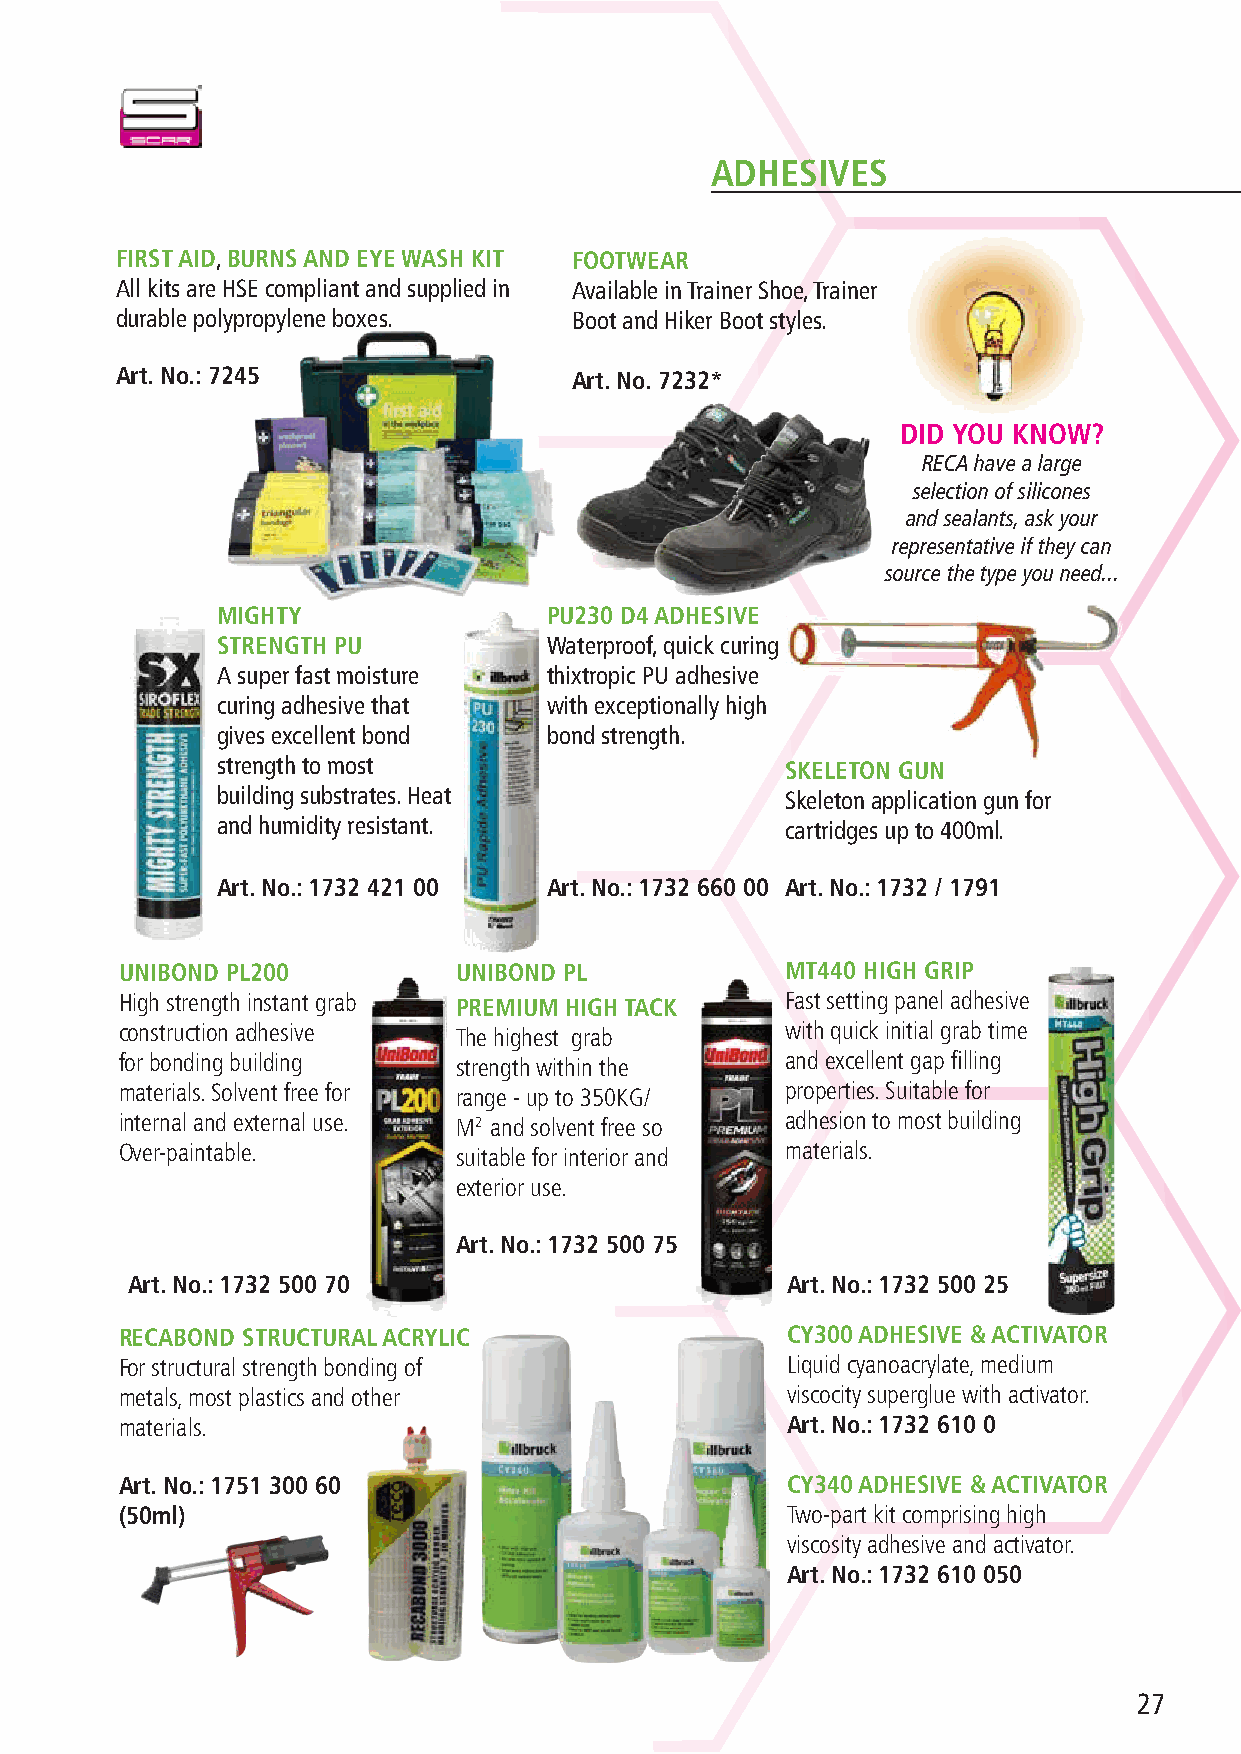
ADHESIVES
 FIRST AID, BURNS AND EYE WASH KIT FOOTWEAR
 All kits are HSE compliant and supplied in Available in Trainer Shoe, Trainer
 durable polypropylene boxes.  Boot and Hiker Boot styles.
 Art. No.: 7245                Art. No. 7232*
 DID YOU KNOW?
 RECA have a large
 selection of silicones
 and sealants, ask your
 representative if they can
 source the type you need...
 MIGHTY                PU230 D4 ADHESIVE
 STRENGTH PU           Waterproof, quick curing
 A super fast moisture thixtropic PU adhesive
 curing adhesive that  with exceptionally high
 gives excellent bond  bond strength.
 strength to most                      SKELETON GUN
 building substrates. Heat             Skeleton application gun for
 and humidity resistant.               cartridges up to 400ml.
 Art. No.: 1732 421 00 Art. No.: 1732 660 00 Art. No.: 1732 / 1791
 UNIBOND PL200         UNIBOND PL            MT440 HIGH GRIP
 High strength instant grab PREMIUM HIGH TACK Fast setting panel adhesive
 construction adhesive The highest grab      with quick initial grab time
 for bonding building  strength within the   and excellent gap filling
 materials. Solvent free for range - up to 350KG/ properties. Suitable for
 internal and external use. M2 and solvent free so adhesion to most building
 Over-paintable.       suitable for interior and materials.
 exterior use.
 Art. No.: 1732 500 75
 Art. No.: 1732 500 70                       Art. No.: 1732 500 25
 RECABOND STRUCTURAL ACRYLIC                 CY300 ADHESIVE & ACTIVATOR
 For structural strength bonding of          Liquid cyanoacrylate, medium
 metals, most plastics and other             viscocity superglue with activator.
 materials.                                  Art. No.: 1732 610 0
 Art. No.: 1751 300 60                       CY340 ADHESIVE & ACTIVATOR
 (50ml)                                      Two-part kit comprising high
 viscosity adhesive and activator.
 Art. No.: 1732 610 050
 27